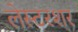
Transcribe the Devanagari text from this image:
लेस्टरशर